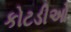
કોટડીઓ